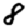
Digit: 8